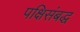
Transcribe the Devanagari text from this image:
पक्षिसंबद्ध